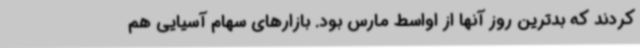
کردند که بدترین روز آنها از اواسط مارس بود. بازارهای سهام آسیایی هم